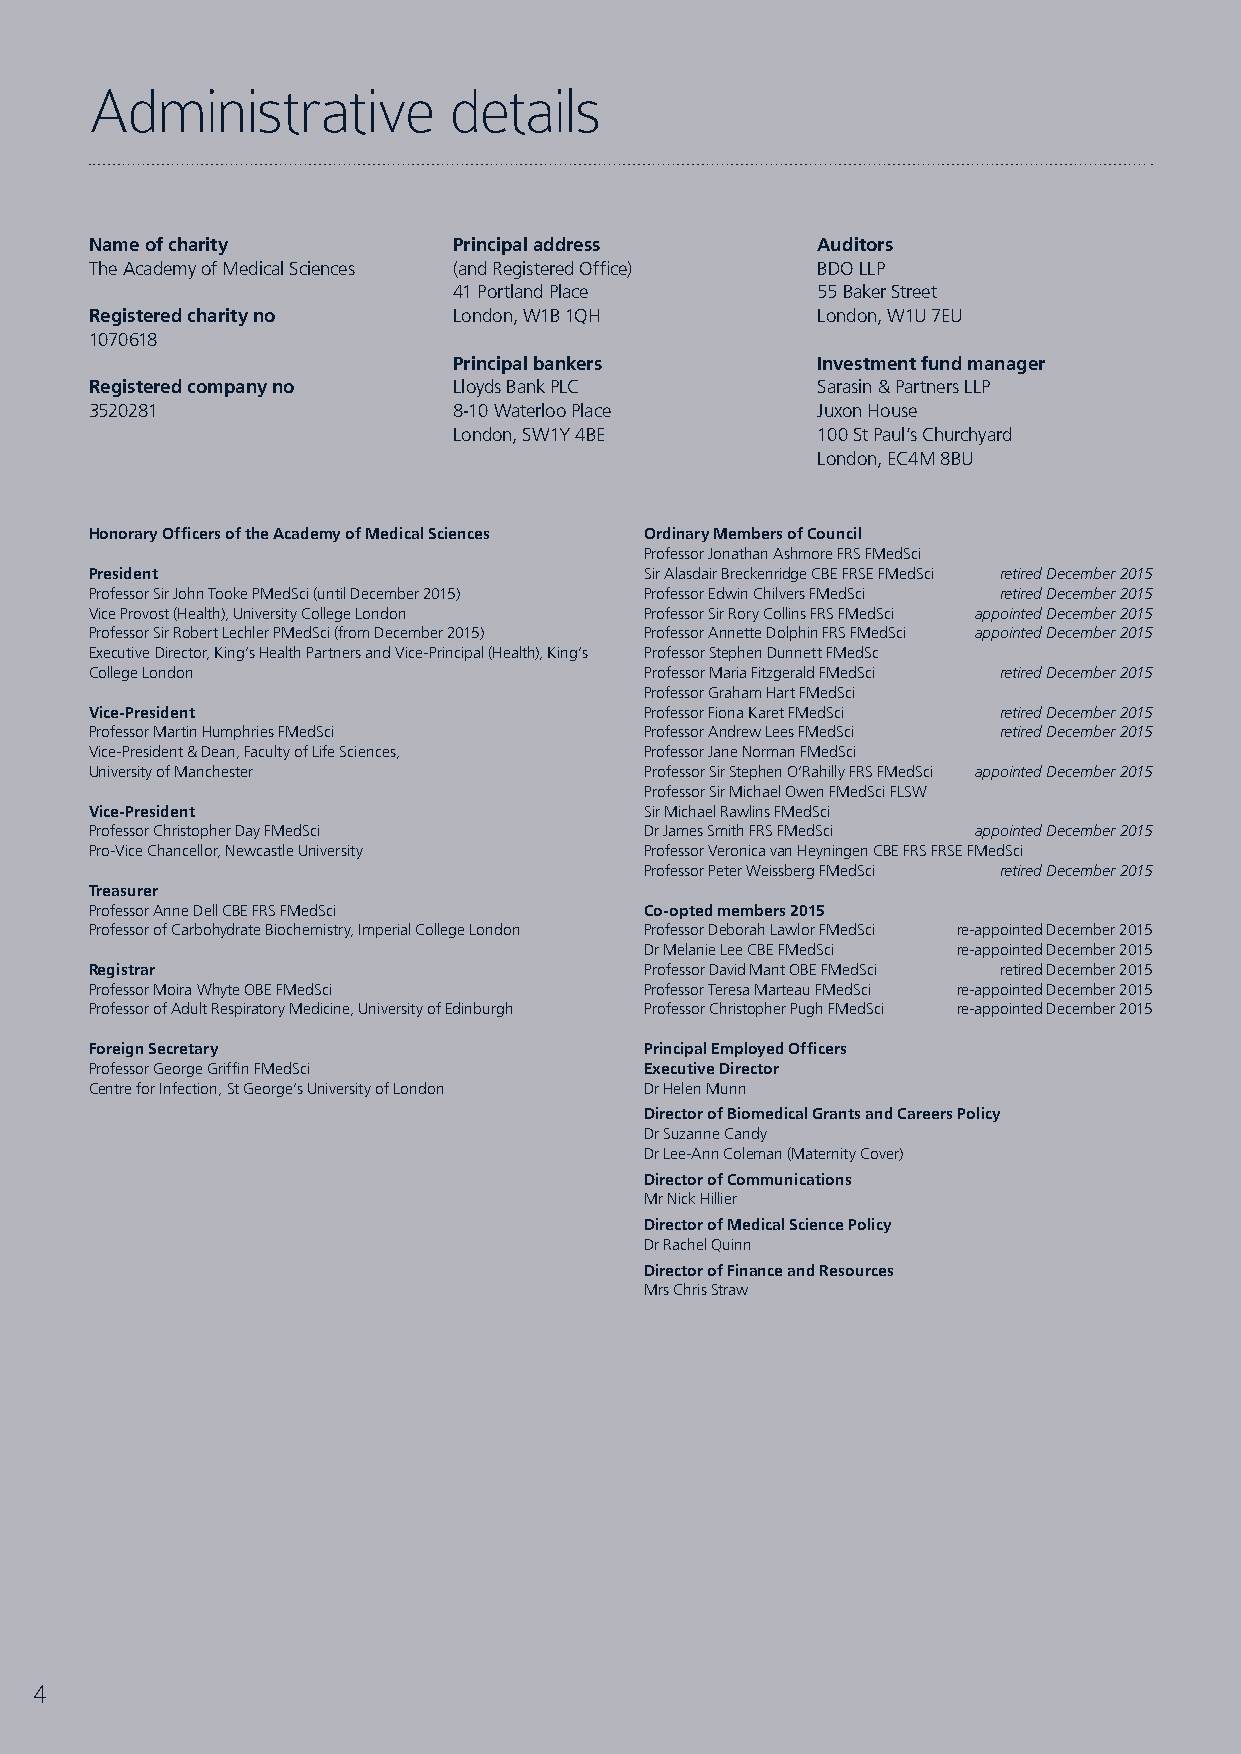
Administrative          details
 Name of charity         Principal address       Auditors
 The Academy of Medical Sciences (and Registered Office) BDO LLP
 41 Portland Place       55 Baker Street
 Registered charity no   London, W1B 1QH         London, W1U 7EU
 1070618
 Principal bankers       Investment fund manager
 Registered company no   Lloyds Bank PLC         Sarasin & Partners LLP
 3520281                 8-10 Waterloo Place     Juxon House
 London, SW1Y 4BE        100 St Paul’s Churchyard
 London, EC4M 8BU
 Honorary Officers of the Academy of Medical Sciences Ordinary Members of Council
 Professor Jonathan Ashmore FRS FMedSci
 President                            Sir Alasdair Breckenridge CBE FRSE FMedSci retired December 2015
 Professor Sir John Tooke PMedSci (until December 2015) Professor Edwin Chilvers FMedSci retired December 2015
 Vice Provost (Health), University College London Professor Sir Rory Collins FRS FMedSci appointed December 2015
 Professor Sir Robert Lechler PMedSci (from December 2015) Professor Annette Dolphin FRS FMedSci appointed December 2015
 Executive Director, King’s Health Partners and Vice-Principal (Health), King’s Professor Stephen Dunnett FMedSc
 College London                       Professor Maria Fitzgerald FMedSci retired December 2015
 Professor Graham Hart FMedSci
 Vice-President                       Professor Fiona Karet FMedSci retired December 2015
 Professor Martin Humphries FMedSci   Professor Andrew Lees FMedSci retired December 2015
 Vice-President & Dean, Faculty of Life Sciences, Professor Jane Norman FMedSci
 University of Manchester             Professor Sir Stephen O’Rahilly FRS FMedSci appointed December 2015
 Professor Sir Michael Owen FMedSci FLSW
 Vice-President                       Sir Michael Rawlins FMedSci
 Professor Christopher Day FMedSci    Dr James Smith FRS FMedSci appointed December 2015
 Pro-Vice Chancellor, Newcastle University Professor Veronica van Heyningen CBE FRS FRSE FMedSci
 Professor Peter Weissberg FMedSci retired December 2015
 Treasurer
 Professor Anne Dell CBE FRS FMedSci  Co-opted members 2015
 Professor of Carbohydrate Biochemistry, Imperial College London Professor Deborah Lawlor FMedSci re-appointed December 2015
 Dr Melanie Lee CBE FMedSci re-appointed December 2015
 Registrar                            Professor David Mant OBE FMedSci retired December 2015
 Professor Moira Whyte OBE FMedSci    Professor Teresa Marteau FMedSci re-appointed December 2015
 Professor of Adult Respiratory Medicine, University of Edinburgh Professor Christopher Pugh FMedSci re-appointed December 2015
 Foreign Secretary                    Principal Employed Officers
 Professor George Griffin FMedSci     Executive Director
 Centre for Infection, St George’s University of London Dr Helen Munn
 Director of Biomedical Grants and Careers Policy
 Dr Suzanne Candy
 Dr Lee-Ann Coleman (Maternity Cover)
 Director of Communications
 Mr Nick Hillier
 Director of Medical Science Policy
 Dr Rachel Quinn
 Director of Finance and Resources
 Mrs Chris Straw
 4